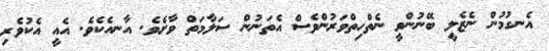
އެނގުމުން ނެޒެލީ ބޭނުންވީ ނެތްހިތްވަރުންވެސް އެތަނުން ސަލާމަތް ވާށެވެ. އާނއެކެވެ. އެއީ އެކުވެރި